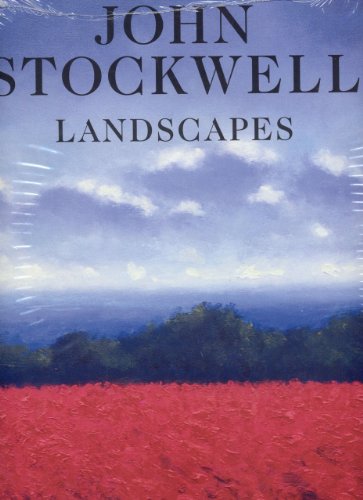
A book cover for John Stockwell: Landscapes; Alfred Alcorn; Arts & Photography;